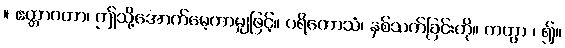
။ ဧတ္တာဝတာ၊ ဤသို့အောက်မေ့ကာမျှဖြင့်။ ပရိတောသံ၊ နှစ်သက်ခြင်းကို။ ကတွာ ၊ ၍။